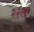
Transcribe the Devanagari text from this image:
२२ला